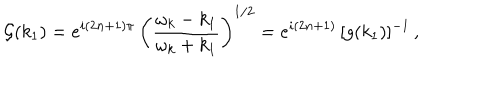
LaTeX: { \cal G } ( k _ { 1 } ) = e ^ { i ( 2 n + 1 ) \pi } \, \left( \frac { \omega _ { k } - k _ { 1 } } { \omega _ { k } + k _ { 1 } } \right) ^ { 1 / 2 } = e ^ { i ( 2 n + 1 ) } \, [ g ( k _ { 1 } ) ] ^ { - 1 } \, ,